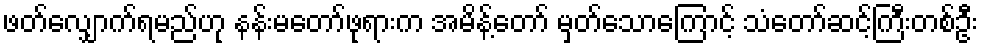
ဖတ်လျှောက်ရမည်ဟု နန်းမတော်ဖုရားက အမိန့်တော် မှတ်သောကြောင့် သံတော်ဆင့်ကြီးတစ်ဦး